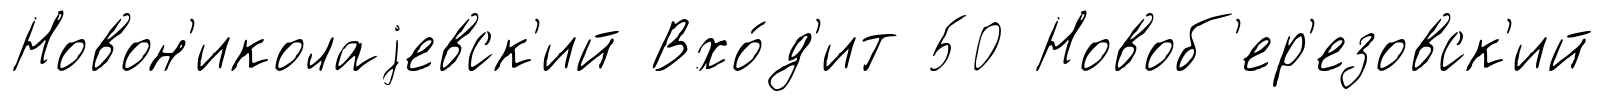
Новон'иколаjевск'ий Вхо́д'ит 50 Новоб'ер'езовск'ий